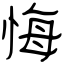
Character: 悔